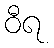
ဝီရ